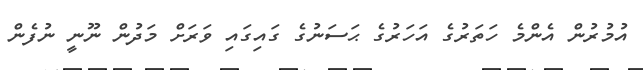
އުމުރުން އެންމެ ހަތަރުގެ އަހަރުގެ ޙަސަނުގެ ގައިގައި ވަރަށް މަދުން ނޫނީ ނުފެން